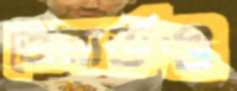
জেরার্ডও